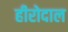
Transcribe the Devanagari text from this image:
हीरोदाल